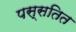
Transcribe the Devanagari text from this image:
पस्सतित